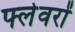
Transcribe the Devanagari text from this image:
फ्लेवरों